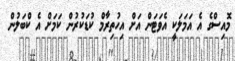
މޮއިސްގެ އެ އަމަލަކީ އެވަޓަން އަށް އިހުތިރާމް ކުޑަކުރުން ކަމަށް އެ ކްބަލުން